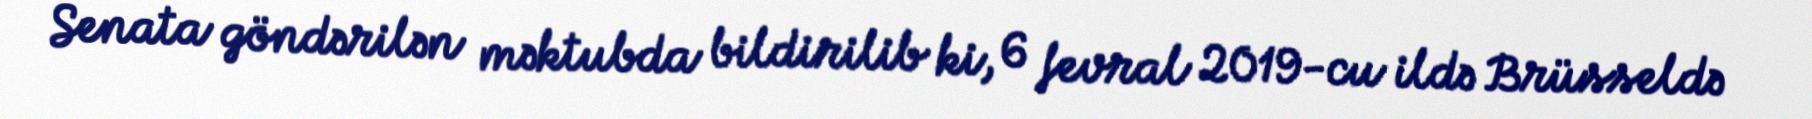
Senata göndərilən məktubda bildirilib ki, 6 fevral 2019-cu ildə Brüsseldə